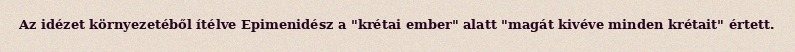
Az idézet környezetéből ítélve Epimenidész a "krétai ember" alatt "magát kivéve minden krétait" értett.